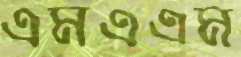
এমএএম